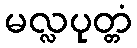
မလ္လပုတ္တံ